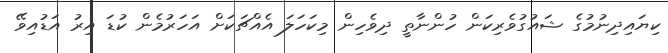
ކިޔައިދިނުމުގެ ޝައުގުވެރިކަން ހުންނާތީ ދިވެހިން މިކަހަލަ އެއްޗަކަށް އަހަރުމެން ކުޑަ އިރު އަޑުއިވޭ